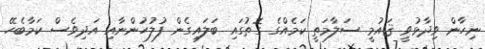
ނިހާން ވިދާޅުވީ ޤައުމީ ސަލާމަތީ ކަމެއްގެ ގޮތުގައި ބަލައިގެން ފުލުހުންނާއި އަދިވެސް ކަމާބެހޭ